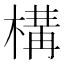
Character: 構